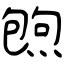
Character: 炰